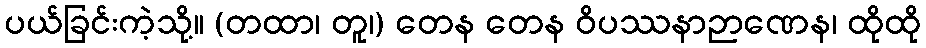
ပယ်ခြင်းကဲ့သို့။ (တထာ၊ တူ၊) တေန တေန ဝိပဿနာဉာဏေန၊ ထိုထို